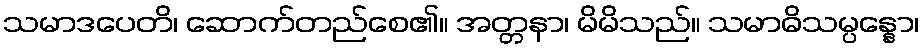
သမာဒပေတိ၊ ဆောက်တည်စေ၏။ အတ္တနာ၊ မိမိသည်။ သမာဓိသမ္ပန္နော၊